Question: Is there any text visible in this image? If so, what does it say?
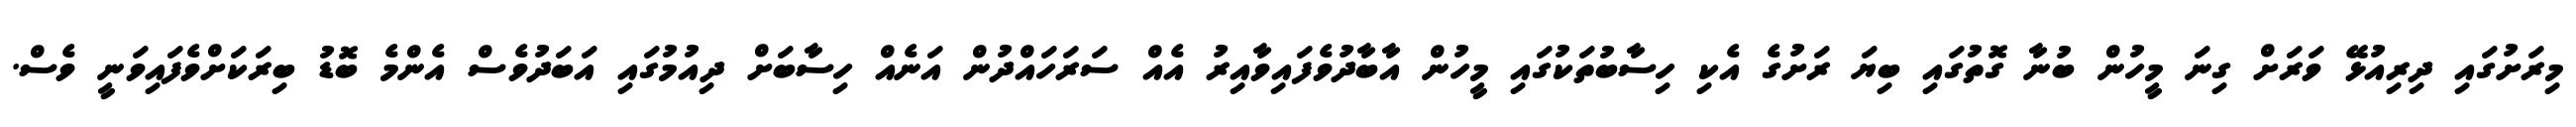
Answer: މިރަށުގައި ދިރިއުޅޭ ވަރަށް ގިނަ މީހުން ބުނާ ގޮތުގައި ބިޔަ ރަށުގެ އެކި ހިސާބުތަކުގައި މީހުން އާބާދުވެފައިވާއިރު އެއް ސަރަހައްދުން އަނެއް ހިސާބަށް ދިއުމުގައި އަބަދުވެސް އެންމެ ބޮޑު ބިރަކަށްވެފައިވަނީ ވެސް.